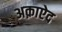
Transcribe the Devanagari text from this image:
अक़ाऐद